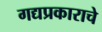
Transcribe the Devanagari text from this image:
गद्यप्रकाराचे